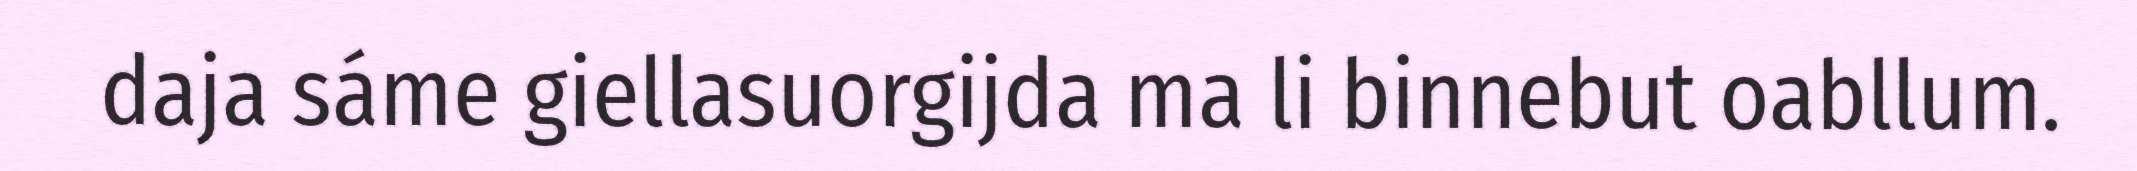
daja sáme giellasuorgijda ma li binnebut oabllum.